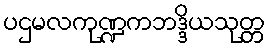
ပဌမလကုဏ္ဍကဘဒ္ဒိယသုတ္တ